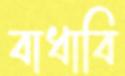
বাধাবি